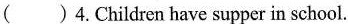
（）4.Children have supper in school.